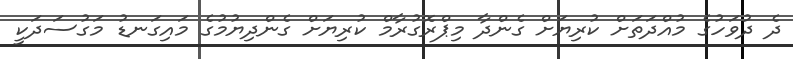
ދެ ދުވަހުގެ މުއްދަތަށް ކުރިޔަށް ގެންދާ މިޕްރޮގުރާމް ކުރިޔަށް ގެންދިޔުމުގެ މައިގަނޑު މަގުސަދަކީ